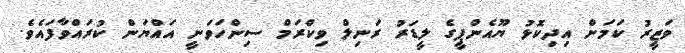
ވަޒީރު ކަމަށް އިދިކޮޅު ޔޫއެންޕީގެ ލީޑަރު ރަނިލް ވިކްރަމް ސިންހަވަނީ އައްޔަން ކުރައްވާފައެވެ.